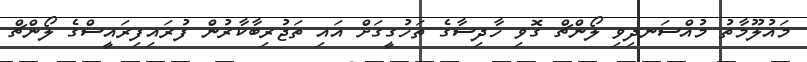
މައުލޫމާތު މުއްސަނދިވި ލޯންޗް ގޮވި ހާދިސާގެ ތަހުގީގަށް އައި ތަޖުރިބާކާރުން ފުރައިފިރައީސްގެ ލޯންޗް